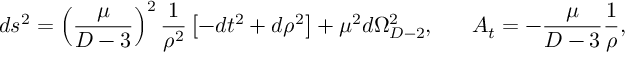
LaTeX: d s ^ { 2 } = \left( { \frac { \mu } { D - 3 } } \right) ^ { 2 } { \frac { 1 } { \rho ^ { 2 } } } \left[ - d t ^ { 2 } + d \rho ^ { 2 } \right] + \mu ^ { 2 } d \Omega _ { D - 2 } ^ { 2 } , \ \ \ \ \ A _ { t } = - { \frac { \mu } { D - 3 } } { \frac { 1 } { \rho } } ,